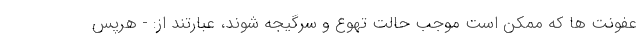
عفونت ها که ممکن است موجب حالت تهوع و سرگیجه شوند، عبارتند از: - هرپس